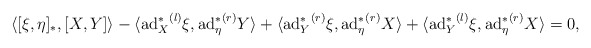
\begin{align*}&\langle [\xi,\eta]_{\ast},[X,Y]\rangle-\langle {\mathrm{ad}_{X}^{\ast}}^{(l)}\xi,{\mathrm{ad}_{\eta}^{\ast}}^{(r)}Y\rangle+\langle {\mathrm{ad}_{Y}^{\ast}}^{(r)}\xi,{\mathrm{ad}_{\eta}^{\ast}}^{(r)}X\rangle+\langle {\mathrm{ad}_{Y}^{\ast}}^{(l)}\xi,{\mathrm{ad}_{\eta}^{\ast}}^{(r)}X\rangle=0,\end{align*}